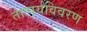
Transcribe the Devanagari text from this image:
तात्पर्यविवरण